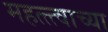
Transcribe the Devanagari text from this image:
महत्त्त्वाच्या